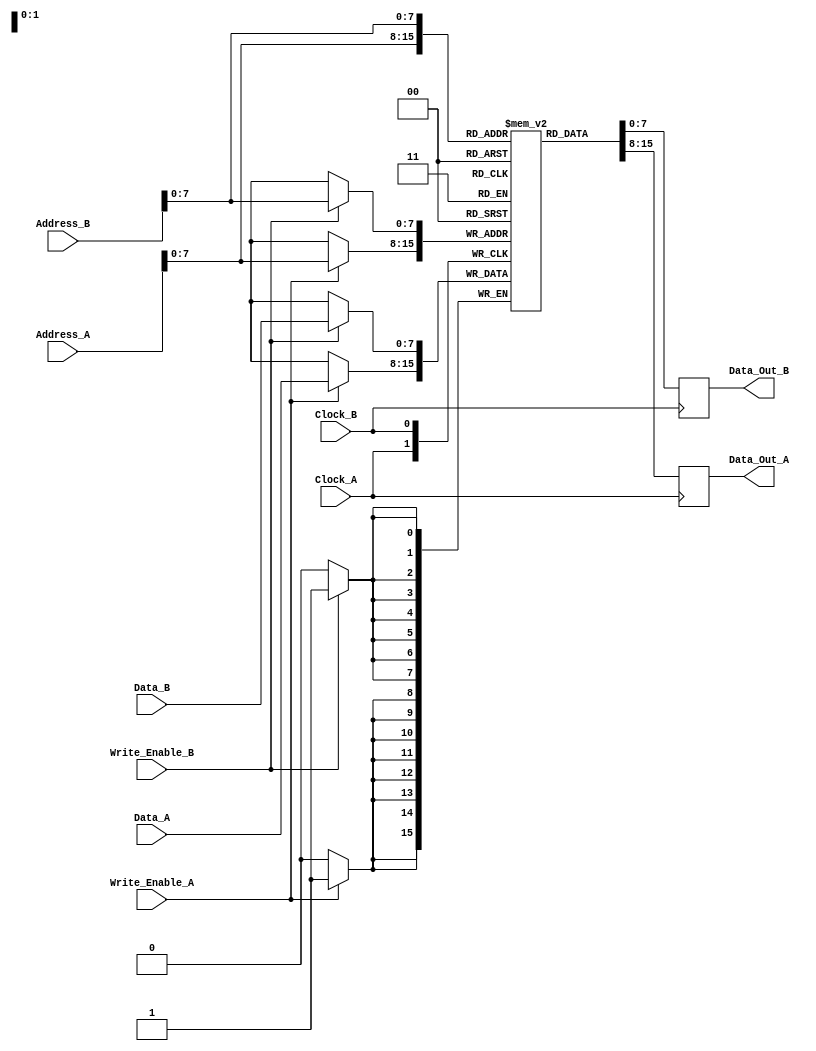
module dual_port_ram #(
    parameter N = 256,  // Number of memory words
    parameter M = 8     // Width of each memory word
)(
    input  wire [N-1:0] Address_A,      // Address input for Port A
    input  wire [M-1:0] Data_A,         // Data input for Port A
    input  wire         Write_Enable_A,  // Write enable signal for Port A
    input  wire         Clock_A,         // Clock input for Port A
    output reg  [M-1:0] Data_Out_A,     // Data output for Port A
    
    input  wire [N-1:0] Address_B,      // Address input for Port B
    input  wire [M-1:0] Data_B,         // Data input for Port B
    input  wire         Write_Enable_B,  // Write enable signal for Port B
    input  wire         Clock_B,         // Clock input for Port B
    output reg  [M-1:0] Data_Out_B      // Data output for Port B
);
    
    // Memory array declaration
    reg [M-1:0] mem [0:N-1];

    // Port A operations
    always @(posedge Clock_A) begin
        if (Write_Enable_A) begin
            mem[Address_A] <= Data_A;  // Write operation for Port A
        end
        Data_Out_A <= mem[Address_A];  // Read operation for Port A
    end
    
    // Port B operations
    always @(posedge Clock_B) begin
        if (Write_Enable_B) begin
            mem[Address_B] <= Data_B;  // Write operation for Port B
        end
        Data_Out_B <= mem[Address_B];  // Read operation for Port B
    end

    // Optional reset functionality (you can enable this if needed)
    // input  wire         Reset;  // Asynchronous reset signal
    // always @(posedge Clock_A or posedge Reset) begin
    //     if (Reset) begin
    //         integer i;
    //         for (i = 0; i < N; i = i + 1) begin
    //             mem[i] <= 0;  // Initialize memory to zero
    //         end
    //     end
    //     // Additional read and write operations as before...
    // end

endmodule